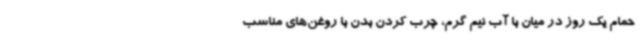
حمام یک روز در میان با آب نیم گرم، چرب کردن بدن با روغن‌های مناسب